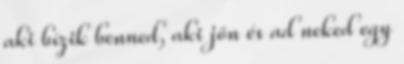
aki bízik benned, aki jön és ad neked egy